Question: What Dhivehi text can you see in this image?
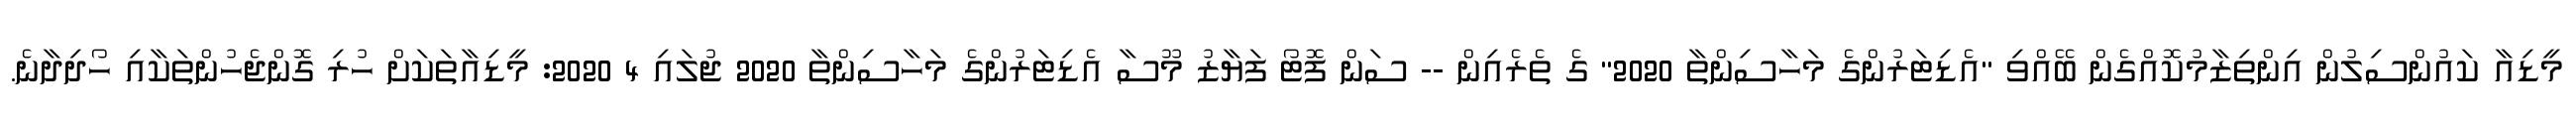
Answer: މީޑިއާ ކައުންސިލުން އިންތިޒާމުކޮއްގެން ބޭއްވި "އެޑިޓަރުންގެ މަހާސިންތާ 2020" ގެ ތެރެއިން -- ސަން ފޮޓޯ ފަޔާޒު މޫސާ އެޑިޓަރުންގެ މަހާސިންތާ 2020 ޖުލައި 4 2020: މީޑިއާތަކަށް ހުރި ގޮންޖެހުންތަކާއި ހޯދިދާނެ.